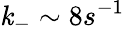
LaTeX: \mathit{k}_{-}\sim8s^{-1}